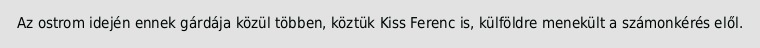
Az ostrom idején ennek gárdája közül többen, köztük Kiss Ferenc is, külföldre menekült a számonkérés elől.